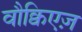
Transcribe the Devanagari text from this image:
वौक्विएज़